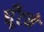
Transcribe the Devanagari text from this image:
घूँटने